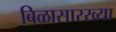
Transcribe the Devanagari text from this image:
बिळासारख्या